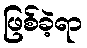
ဖြစ်ခဲ့ရာ